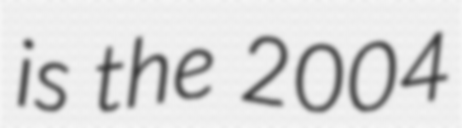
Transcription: is the 2004